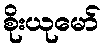
စိုးယုမော်